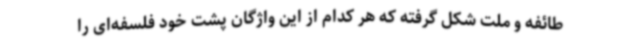
طائفه و ملت شکل گرفته که هر کدام از این واژگان پشت خود فلسفه‌ای را